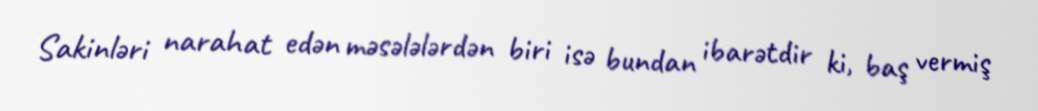
Sakinləri narahat edən məsələlərdən biri isə bundan ibarətdir ki, baş vermiş